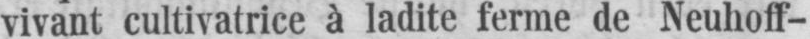
vivant cultivatrice à ladite ferme de Neuhoff-